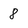
Character: 8